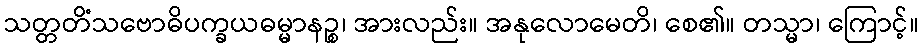
သတ္တတိံသဗောဓိပက္ခယဓမ္မာနဉ္စ၊ အားလည်း။ အနုလောမေတိ၊ စေ၏။ တသ္မာ၊ ကြောင့်။